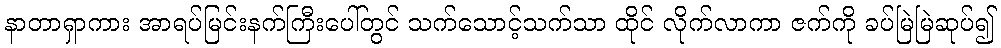
နာတာရှာကား အာရပ်မြင်းနက်ကြီးပေါ်တွင် သက်သောင့်သက်သာ ထိုင် လိုက်လာကာ ဇက်ကို ခပ်မြဲမြဲဆုပ်၍